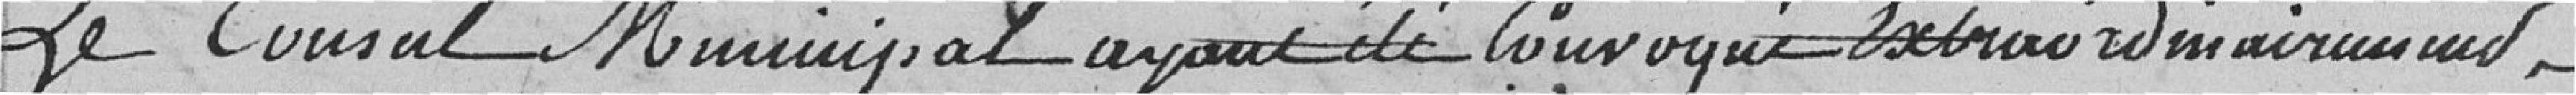
Le Conseil Municipal ayant convoqué extraordinairement